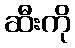
ဆီးကို